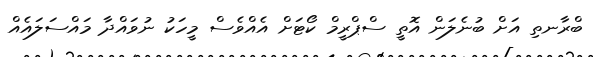
ބްރާނތި އަށް ބުނެލަން އޮތީ ސްޕްރީމް ކޯޓަށް އެއްވެސް މީހަކު ނުވައްދާ މައްސަލައެއް